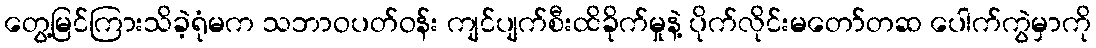
တွေ့မြင်ကြားသိခဲ့ရုံမက သဘာဝပတ်ဝန်း ကျင်ပျက်စီးထိခိုက်မှုနဲ့ ပိုက်လိုင်းမတော်တဆ ပေါက်ကွဲမှာကို